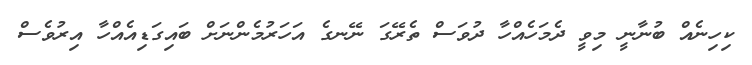
ކިހިނެއް ބުނާނީ މިވީ ދެމަހެއްހާ ދުވަސް ތެރޭގަ ނޭނގެ އަހަރުމެންނަށް ބައިގަޑިއެއްހާ އިރުވެސް